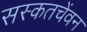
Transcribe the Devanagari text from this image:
सस्कतचेंवन